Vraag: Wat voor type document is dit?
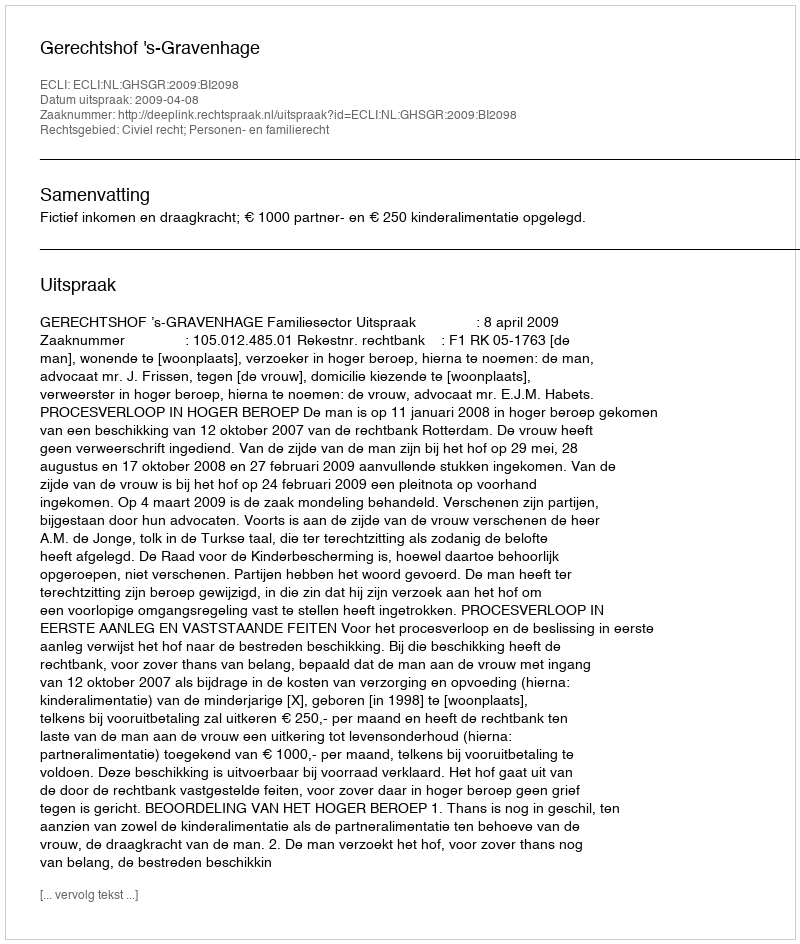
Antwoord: Uitspraak